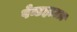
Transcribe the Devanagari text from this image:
पेन्टहाउज़